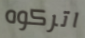
اتركوه